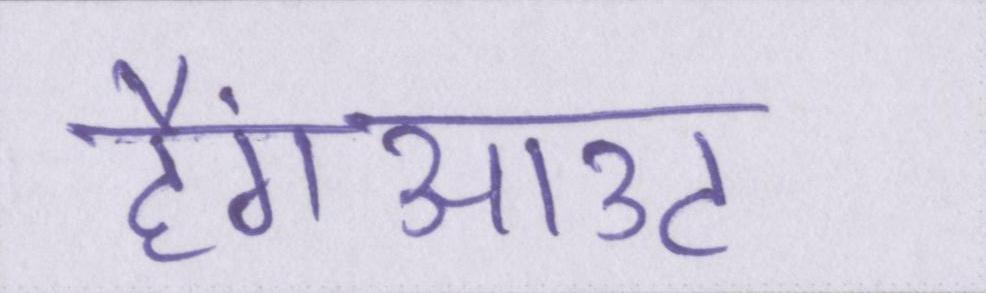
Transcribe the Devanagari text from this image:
हैंगआउट